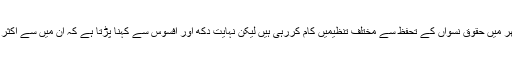
میری بات پر حیران نہ ہوں بلکہ غور کریں ، ایک مدت سے پاکستان بھر میں حقوق نسواں کے تحفظ سے مختلف تنظیمیں کام کررہی ہیں لیکن نہایت دکھ اور افسوس سے کہنا پڑتا ہے کہ ان میں سے اکثر کو ایسے خواتین و حضرات کنٹرول کرتے ہیں جو شدید مغرب زدہ ہیں۔